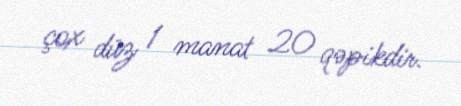
çox düz 1 manat 20 qəpikdir.